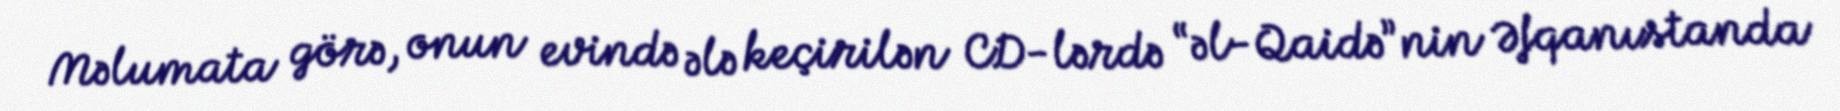
Məlumata görə, onun evində ələ keçirilən CD-lərdə “əl-Qaidə”nin Əfqanıstanda